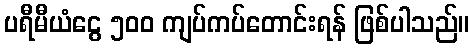
ပရီမီယံငွေ ၅၀၀ ကျပ်ကပ်တောင်းရန် ဖြစ်ပါသည်။